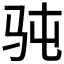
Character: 𮹄